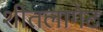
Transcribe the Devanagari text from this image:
शीतलागेट